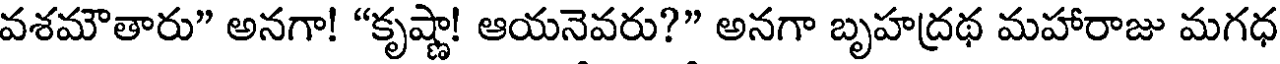
వశమౌతారు" అనగా! "కృష్ణా! ఆయనెవరు?" అనగా బృహద్రథ మహారాజు మగధ